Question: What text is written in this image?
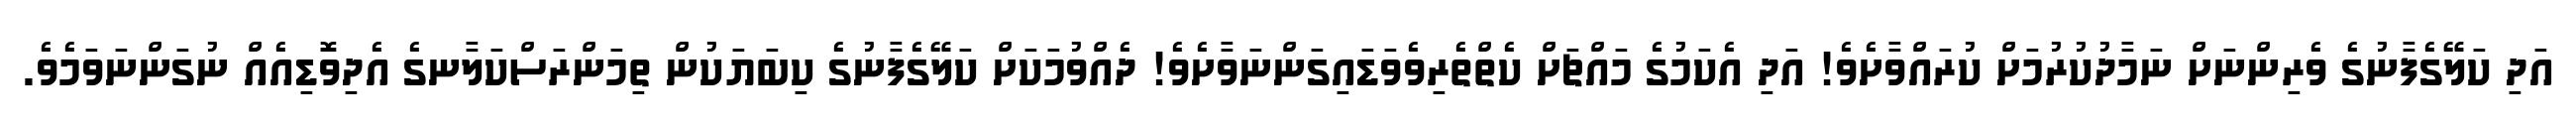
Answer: އަދި ކަލޭގެފާނުގެ ވެރިންނަށް ނަމާދުކުރުމަށް ކުރައްވާށެވެ! އަދި އެކަމުގެ މައްޗަށް ކެތްތެރިވެވަޑައިގަންނަވާށެވެ! ދެއްވުމަކަށް ކަލޭގެފާނުގެ ކިބަޔަކުން ތިމަންރަސްކަލާނގެ އެދިވޮޑިއެއް ނުގަންނަވަމެވެ.